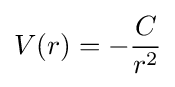
V(r)=-{\frac {C}{r^{2}}}